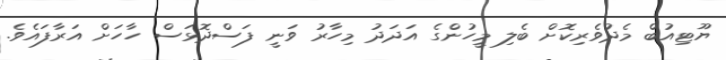
ޔޫޓިއުބް މެދުވެރިކޮށް ބެލި މީހުންގެ އަދަދު މިހާރު ވަނީ ފަސްދޮޅަސް ހާހަށް އަރާފައެވެ.